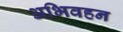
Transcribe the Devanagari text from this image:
अभिवहन